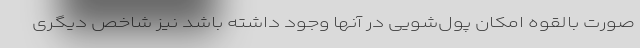
صورت بالقوه امکان پول‌شویی در آنها وجود داشته باشد نیز شاخص دیگری